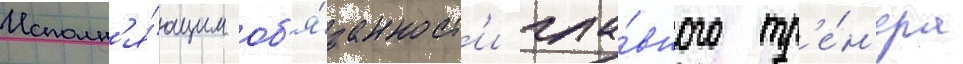
Исполн'я́ющим об'я́занност'и гла́вного тр'е́н'ера